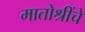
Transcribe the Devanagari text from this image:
मातोश्रींचे